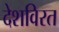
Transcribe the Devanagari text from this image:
देशविरत